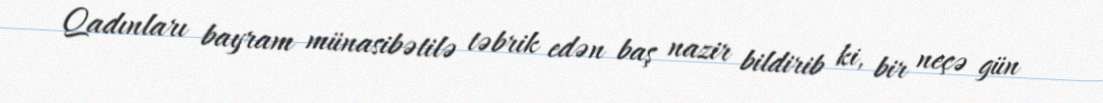
Qadınları bayram münasibətilə təbrik edən baş nazir bildirib ki, bir neçə gün